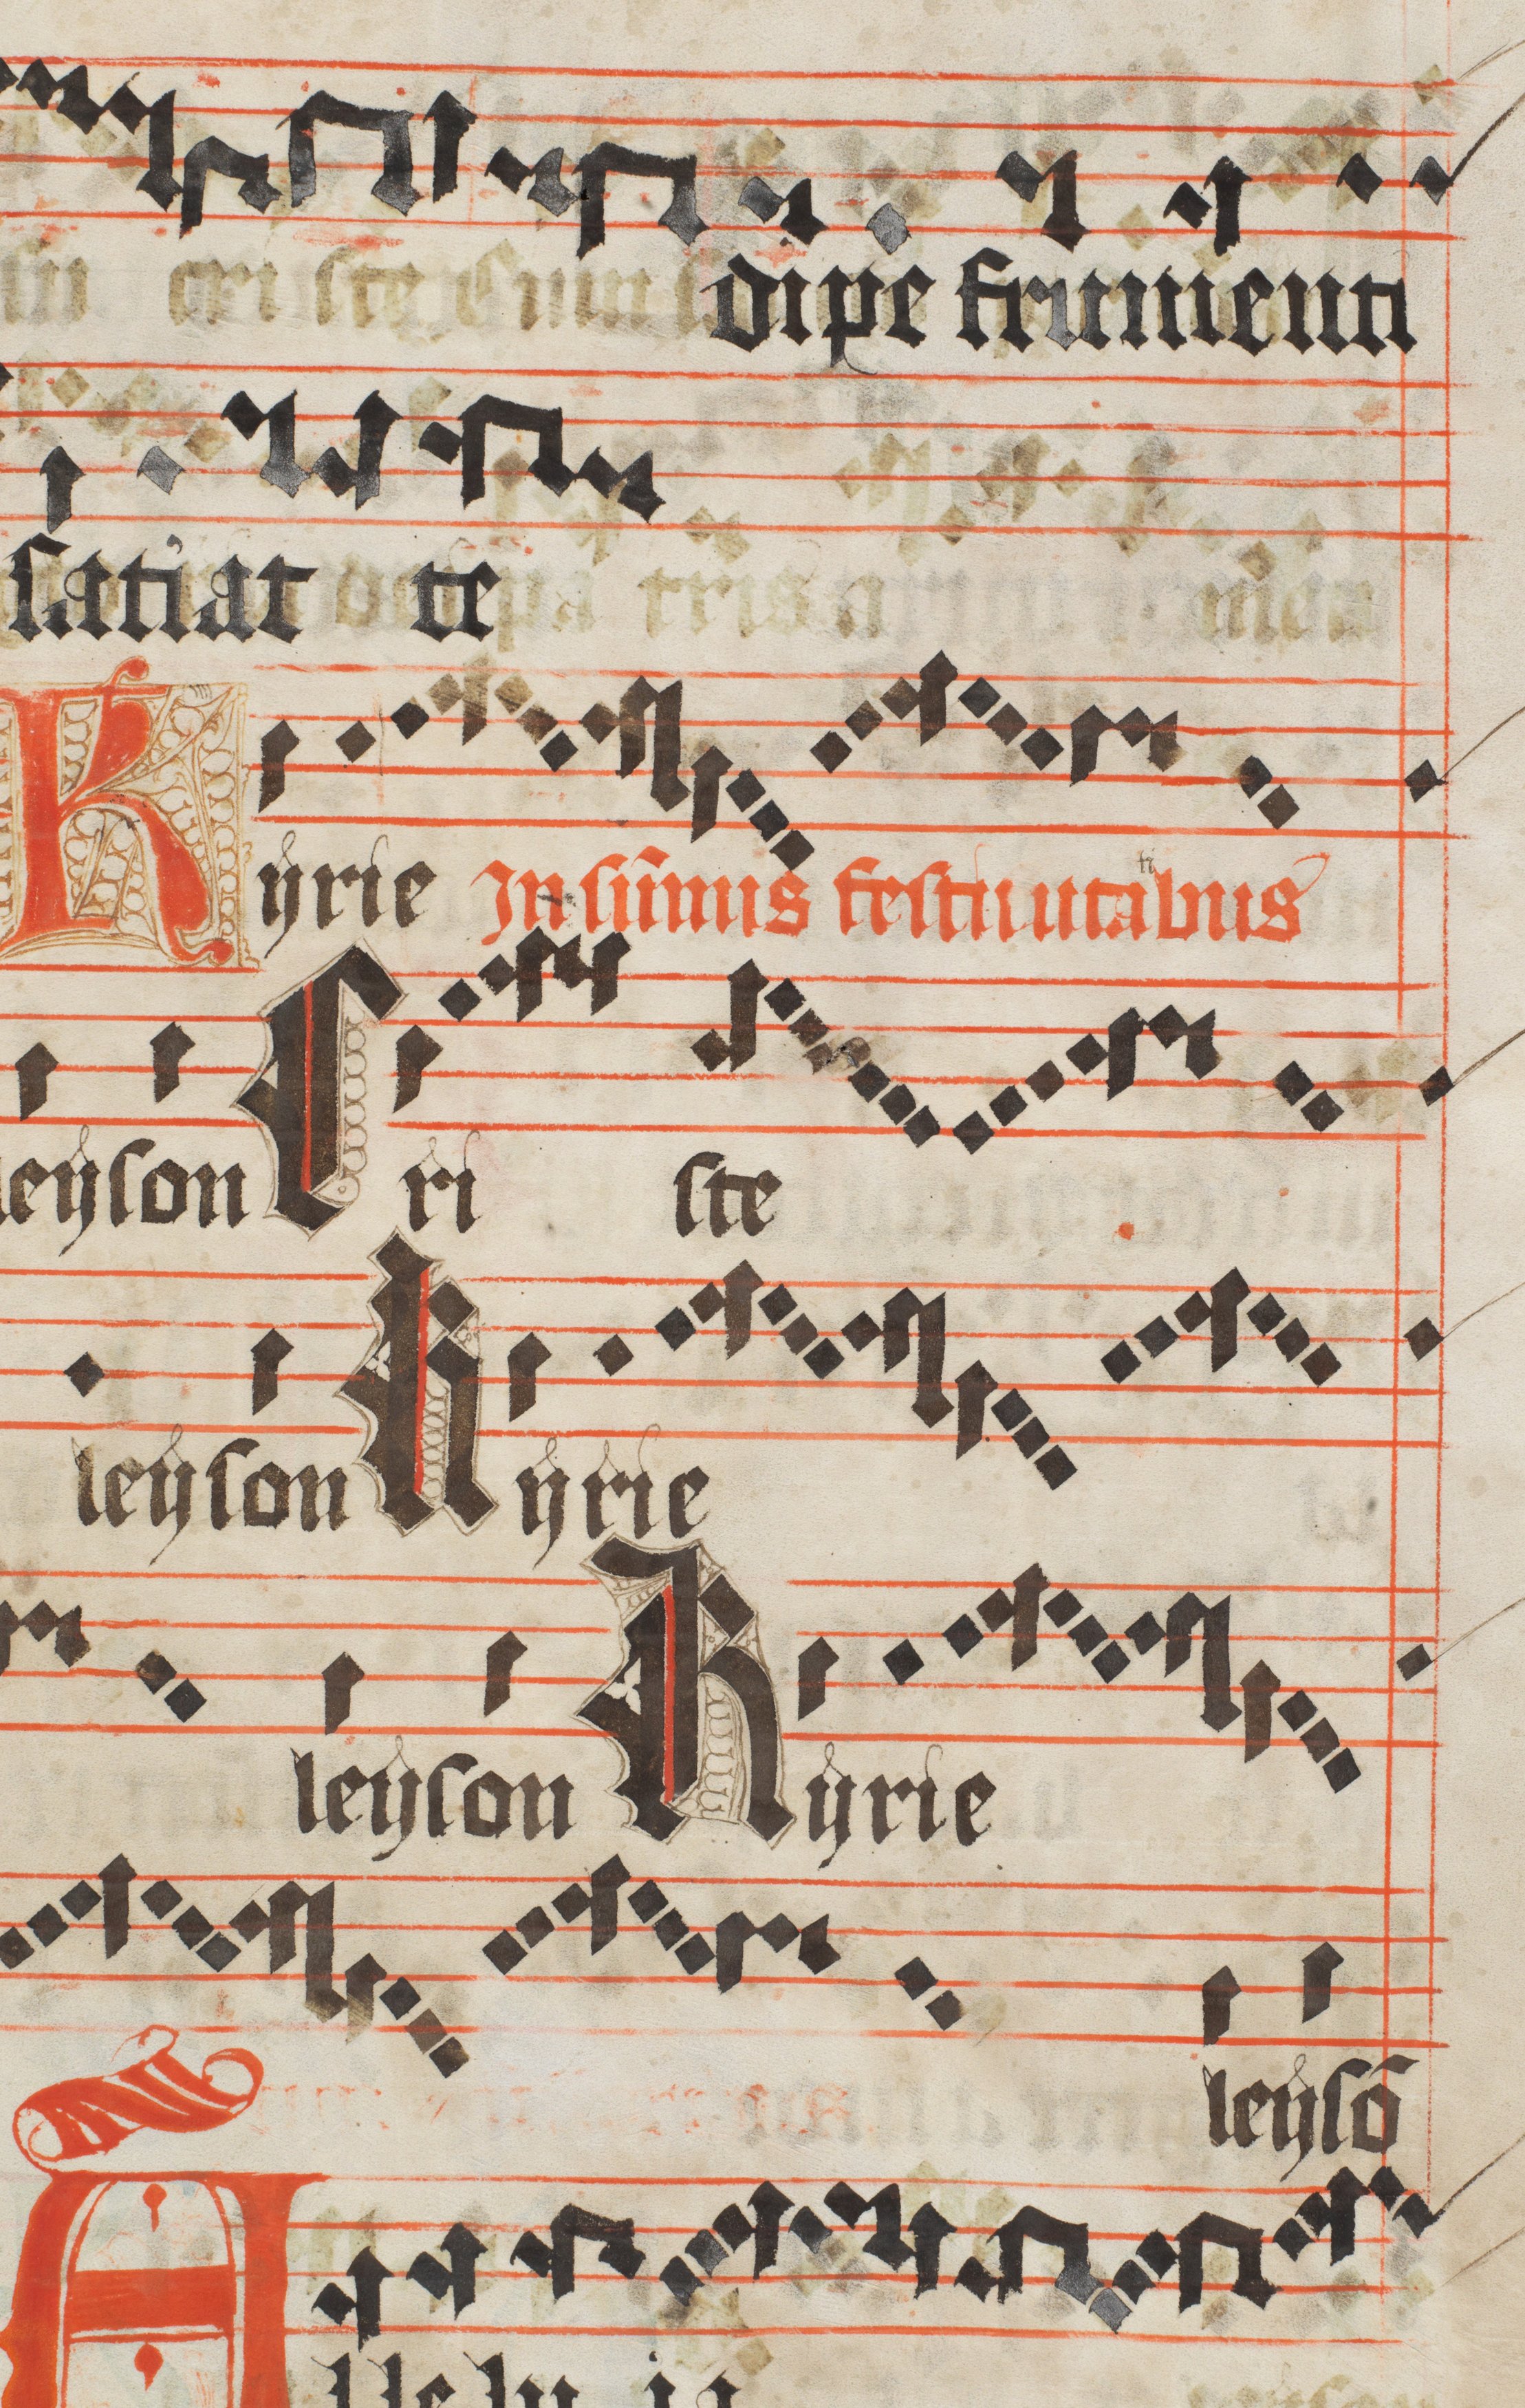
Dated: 1450–1599